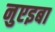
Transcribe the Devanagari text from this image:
नुएइबा